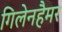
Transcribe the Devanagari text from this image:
गिलेनहैमर